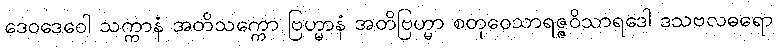
ဒေဝဒေဝေါ သက္ကာနံ အတိသက္ကော ဗြဟ္မာနံ အတိဗြဟ္မာ စတုဝေသာရဇ္ဇဝိသာရဒေါ ဒသဗလဓရော